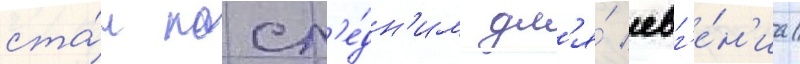
ста́л посл'е́дн'им дл'я́ евг'е́н'иа